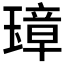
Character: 𤨼